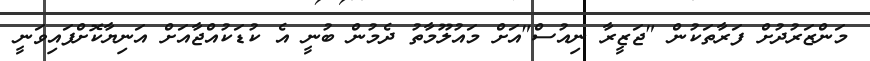
މަންޒަރުދުށް ފަރާތަކުން "ޖަޒީރާ ނިއުސް"އަށް މައުލޫމާތު ދެމުން ބުނީ އެ ކުޑަކުއްޖާއަށް އަނިޔާކޮށްފައިވަނީ